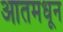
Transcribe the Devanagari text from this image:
आतमधून